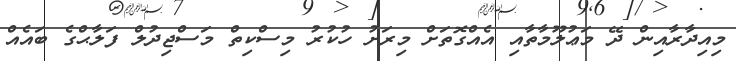
މިއިދާރާއިން ދޭ މަޢުލޫމާތާއި އެއްގޮތަށް މިރަށު ހުކުރު މިސްކިތް މަސްޖިދުލް ފަލާޙްގެ ބައެއް